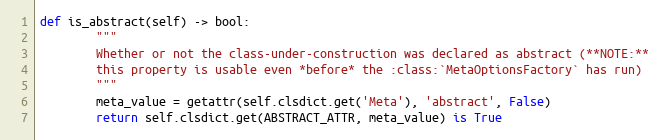
Language: Python
def is_abstract(self) -> bool:
        """
        Whether or not the class-under-construction was declared as abstract (**NOTE:**
        this property is usable even *before* the :class:`MetaOptionsFactory` has run)
        """
        meta_value = getattr(self.clsdict.get('Meta'), 'abstract', False)
        return self.clsdict.get(ABSTRACT_ATTR, meta_value) is True